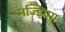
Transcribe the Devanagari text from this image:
मज्झिमा